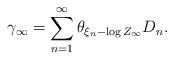
LaTeX: \begin{align*} \gamma_\infty = \sum_{n=1}^{\infty} \theta_{\xi_n- \log Z_\infty} D_n.\end{align*}